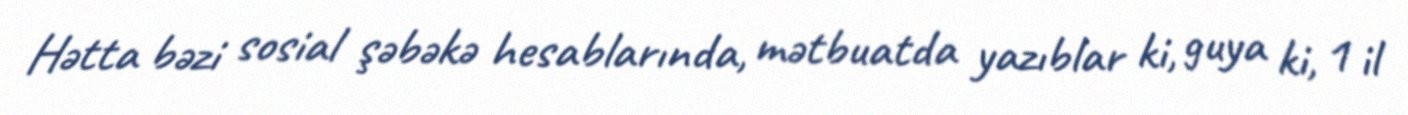
Hətta bəzi sosial şəbəkə hesablarında, mətbuatda yazıblar ki, guya ki, 1 il